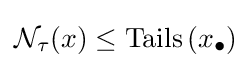
{\mathcal {N}}_{\tau }(x)\leq \operatorname {Tails} \left(x_{\bullet }\right)